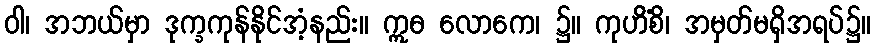
ဝါ၊ အဘယ်မှာ ဒုက္ခကုန်နိုင်အံ့နည်း။ ဣဓ လောကေ၊ ၌။ ကုဟိံစိ၊ အမှတ်မရှိအရပ်၌။